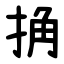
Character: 捔